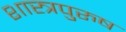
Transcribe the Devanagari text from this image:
शास्त्रपुरुष